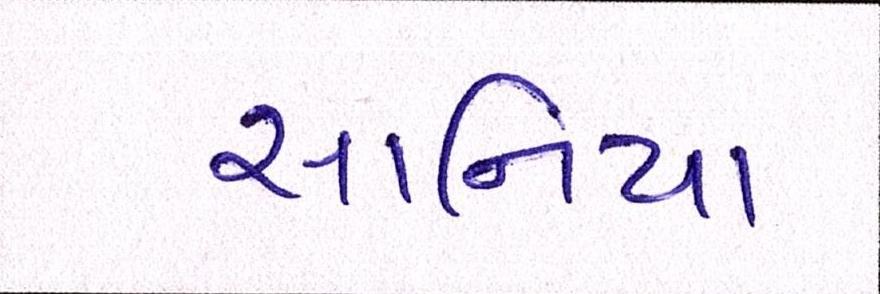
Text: સાનિયા